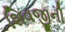
શિવજીની